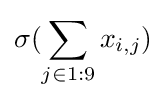
\sigma (\sum _{j\in 1:9}x_{i,j})